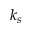
k _ { s }